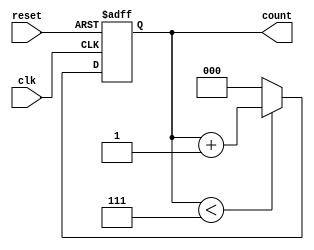
module divide_by_n_counter #(
    parameter N = 8 // Default value of N, can be overridden
)(
    input wire clk,      // Clock input
    input wire reset,    // Asynchronous reset input
    output reg [$clog2(N)-1:0] count // Output count value
);

    // Always block triggered on the rising edge of the clock or on reset
    always @(posedge clk or posedge reset) begin
        if (reset) begin
            count <= 0; // Reset the count to zero
        end else begin
            if (count < N - 1) begin
                count <= count + 1; // Increment the count
            end else begin
                count <= 0; // Reset the count to zero when it reaches N-1
            end
        end
    end

endmodule